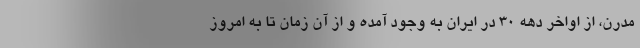
مدرن، از اواخر دهه 30 در ایران به وجود آمده و از آن زمان تا به امروز